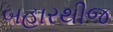
બહારથીજ